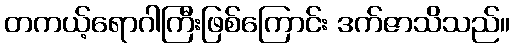
တကယ့်ရောဂါကြီးဖြစ်ကြောင်း ဒက်ဇာသိသည်။